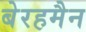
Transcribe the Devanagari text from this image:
बेरहमैन